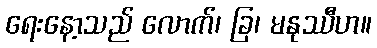
ရေးနော့သည် လောက်၊ ခြ၊ မနုဿီဟ။